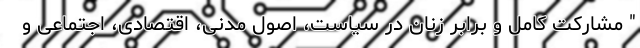
" مشارکت کامل و برابر زنان در سیاست، اصول مدنی، اقتصادی، اجتماعی و